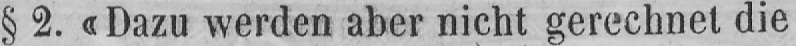
§ 2. «Dazu werden aber nicht gerechnet die